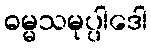
ဓမ္မသမုပ္ပါဒေါ